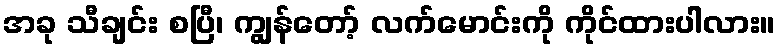
အခု သီချင်း စပြီ၊ ကျွန်တော့် လက်မောင်းကို ကိုင်ထားပါလား။